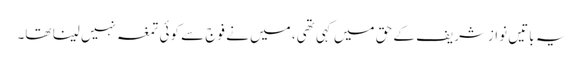
یہ باتیں نوازشریف کے حق میں کہی تھی، میں نے فوج سے کوئی تمغہ نہیں لینا تھا۔